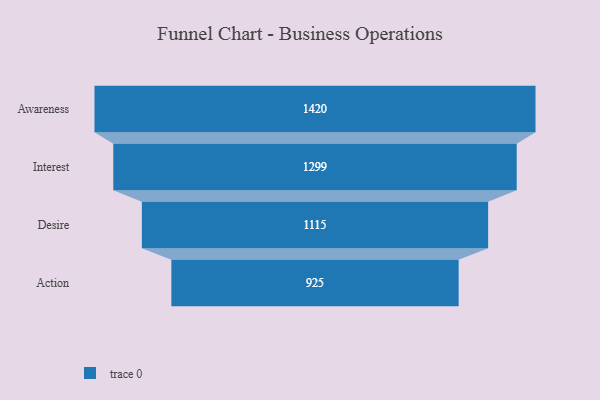
{"axis": {"x": "Stage", "y": "Value"}, "legend": [""], "data": [{"x": "Awareness", "y": 1420.0, "type": ""}, {"x": "Interest", "y": 1299.0, "type": ""}, {"x": "Desire", "y": 1115.0, "type": ""}, {"x": "Action", "y": 925.0, "type": ""}]}